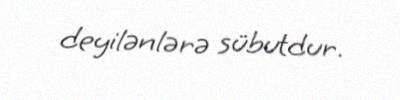
deyilənlərə sübutdur.